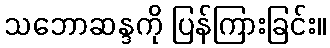
သဘောဆန္ဒကို ပြန်ကြားခြင်း။